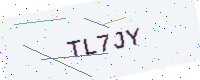
Text: TL7JY